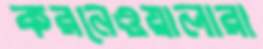
করনেওয়ালারা